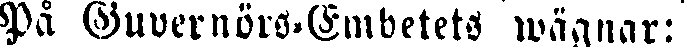
På Guvernörs-Embetets wägnar: